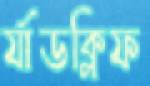
র‍্যাডক্লিফ